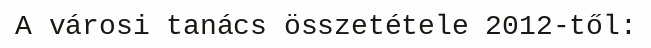
A városi tanács összetétele 2012-től: